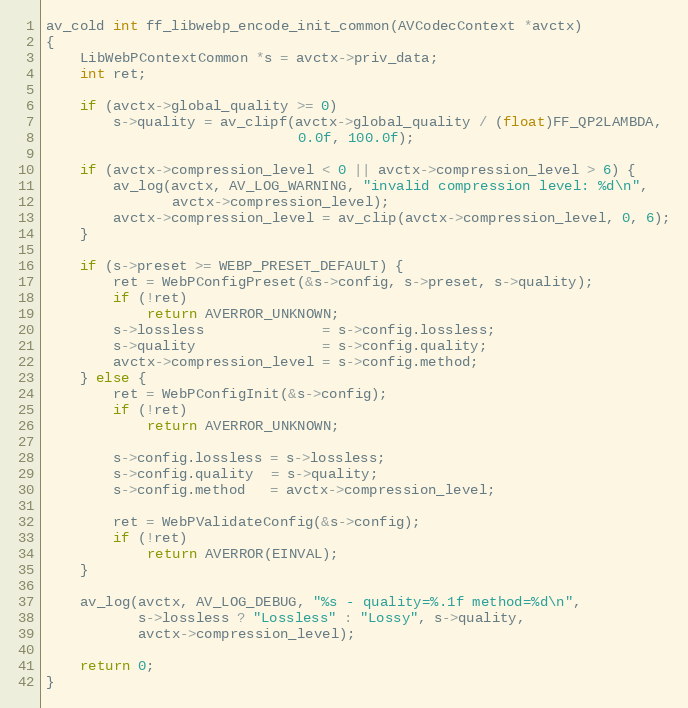
Language: C
av_cold int ff_libwebp_encode_init_common(AVCodecContext *avctx)
{
    LibWebPContextCommon *s = avctx->priv_data;
    int ret;

    if (avctx->global_quality >= 0)
        s->quality = av_clipf(avctx->global_quality / (float)FF_QP2LAMBDA,
                              0.0f, 100.0f);

    if (avctx->compression_level < 0 || avctx->compression_level > 6) {
        av_log(avctx, AV_LOG_WARNING, "invalid compression level: %d\n",
               avctx->compression_level);
        avctx->compression_level = av_clip(avctx->compression_level, 0, 6);
    }

    if (s->preset >= WEBP_PRESET_DEFAULT) {
        ret = WebPConfigPreset(&s->config, s->preset, s->quality);
        if (!ret)
            return AVERROR_UNKNOWN;
        s->lossless              = s->config.lossless;
        s->quality               = s->config.quality;
        avctx->compression_level = s->config.method;
    } else {
        ret = WebPConfigInit(&s->config);
        if (!ret)
            return AVERROR_UNKNOWN;

        s->config.lossless = s->lossless;
        s->config.quality  = s->quality;
        s->config.method   = avctx->compression_level;

        ret = WebPValidateConfig(&s->config);
        if (!ret)
            return AVERROR(EINVAL);
    }

    av_log(avctx, AV_LOG_DEBUG, "%s - quality=%.1f method=%d\n",
           s->lossless ? "Lossless" : "Lossy", s->quality,
           avctx->compression_level);

    return 0;
}